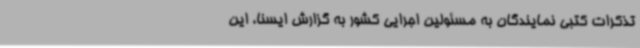
تذکرات کتبی نمایندگان به مسئولین اجرایی کشور به گزارش ایسنا، این